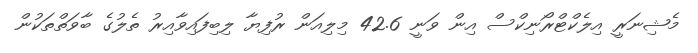
މެޝިނަރީ އިލެކްޓްރޯނިކްސް އިން ވަނީ 42.6 މިލިއަން ރުފިޔާ ލިބިފައިވާއިރު ތެލުގެ ބާވަތްތަކުން